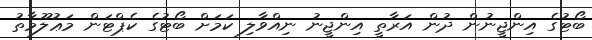
ބޯޓުގެ އިންޖީނުން ދުން އަރާތީ އިންޖީނު ނިއްވާލި ކަމަށް ބޯޓުގެ ކެޕްޓަން މަޢުލޫމާތު